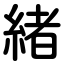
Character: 緒